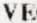
VE